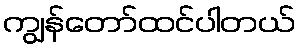
ကျွန်တော်ထင်ပါတယ်